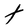
Character: t